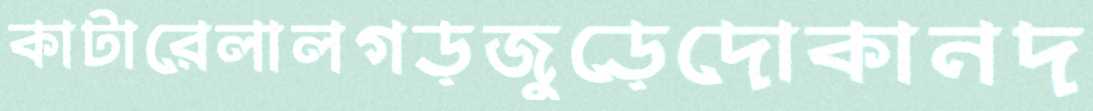
কাটারেলালগড়জুড়েদোকানদ